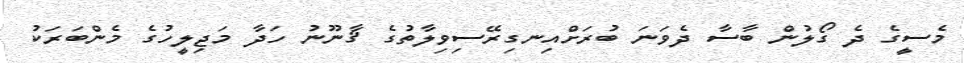
މެސީގެ ދެ ގޯލުން ބާސާ ދެވަނަ ބުރަށްއިނގިރޭސިވިލާތުގެ ޤާނޫނު ހަދާ މަޖިލީހުގެ މެންބަރަކު